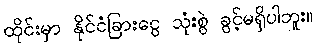
ထိုင်းမှာ နိုင်ငံခြားငွေ သုံးစွဲ ခွင့်မရှိပါဘူး။